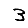
Digit: 3